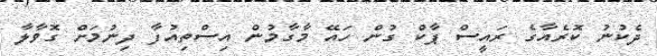
ދެކުނު ކޮރެއާގެ ރައީސް ޕާކް ގުން ހައޭ މާގާމުން އިސްތިއުފާ ދިނުމަށް ގޮވާލާ